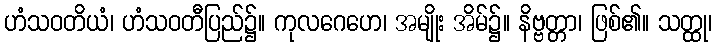
ဟံသဝတိယံ၊ ဟံသဝတီပြည်၌။ ကုလဂေဟေ၊ အမျိုး အိမ်၌။ နိဗ္ဗတ္တာ၊ ဖြစ်၏။ သတ္ထု၊